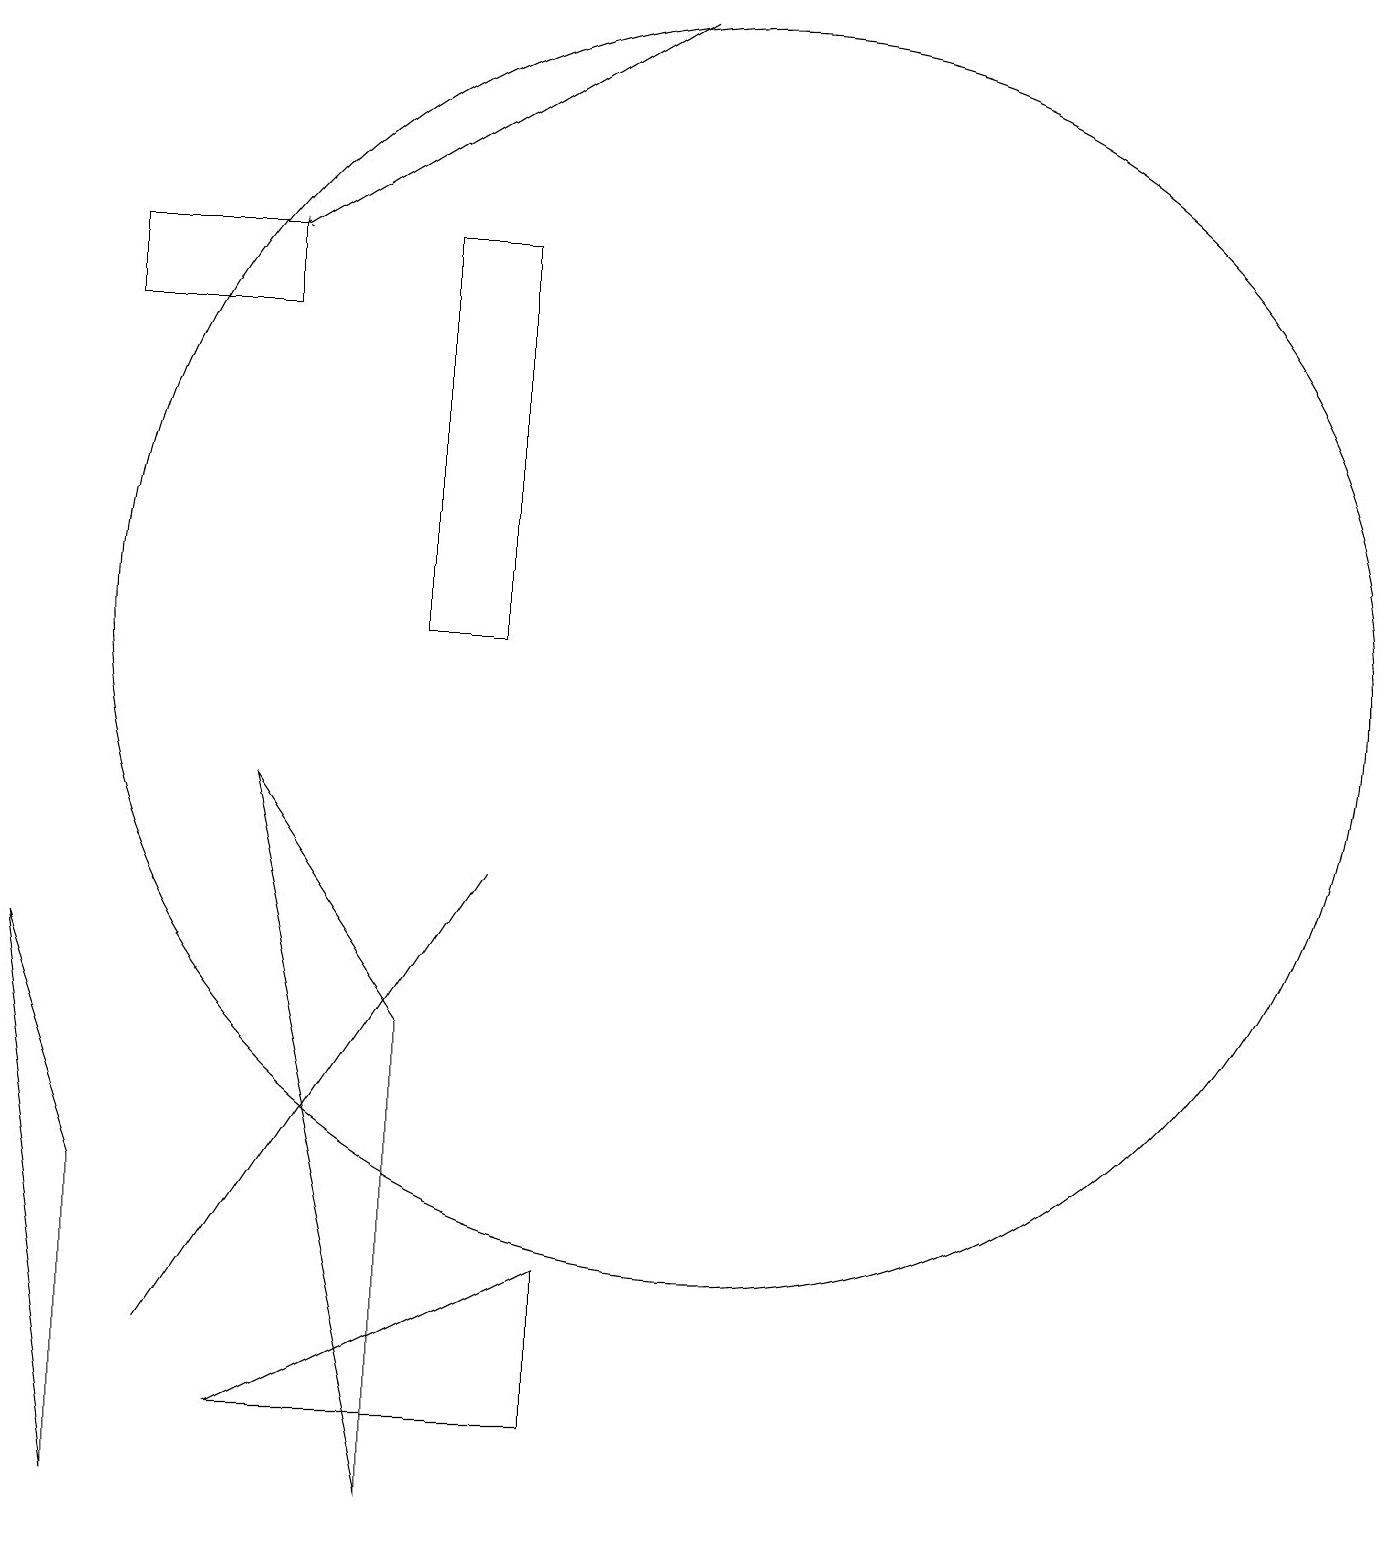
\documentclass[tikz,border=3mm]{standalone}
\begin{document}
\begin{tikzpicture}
\draw[->] (9,19) -- (4,16);
\draw (6,0) -- (4,9) -- (6,6) -- cycle;
\draw (2,0) -- (1,7) -- (2,4) -- cycle;
\draw (10,11) circle (8);
\draw (4,1) -- (8,3) -- (8,1) -- cycle;
\draw (6,16) rectangle (7,11);
\draw (4,15) rectangle (2,16);
\draw (7,8) -- (7,8) -- (3,2) -- cycle;
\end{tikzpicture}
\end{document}